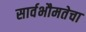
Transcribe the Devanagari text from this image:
सार्वभौमतेचा